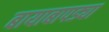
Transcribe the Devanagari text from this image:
बायाबापड्या